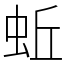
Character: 蚯